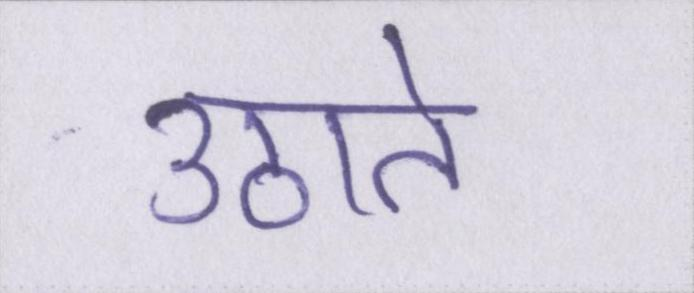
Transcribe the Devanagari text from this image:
उठाते